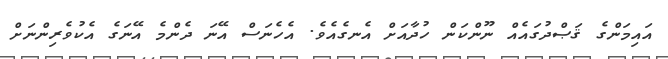
އައިމަންގެ ޤަޞްދުގައެއް ނޫންކަން ހުދާއަށް އެނގެއެވެ. އެހެނަސް އޭނަ ދެންމެ އޭނަގެ އެކުވެރިންނަށް